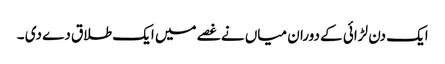
ایک دن لڑائی کے دوران میاں نے غصے میں ایک طلاق دے دی ۔